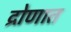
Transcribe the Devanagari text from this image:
द्रोणात